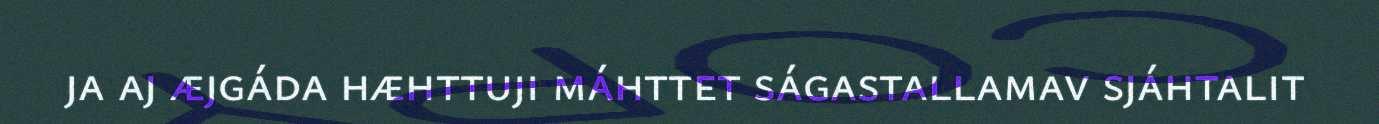
ja aj æjgáda hæhttuji máhttet ságastallamav sjáhtalit